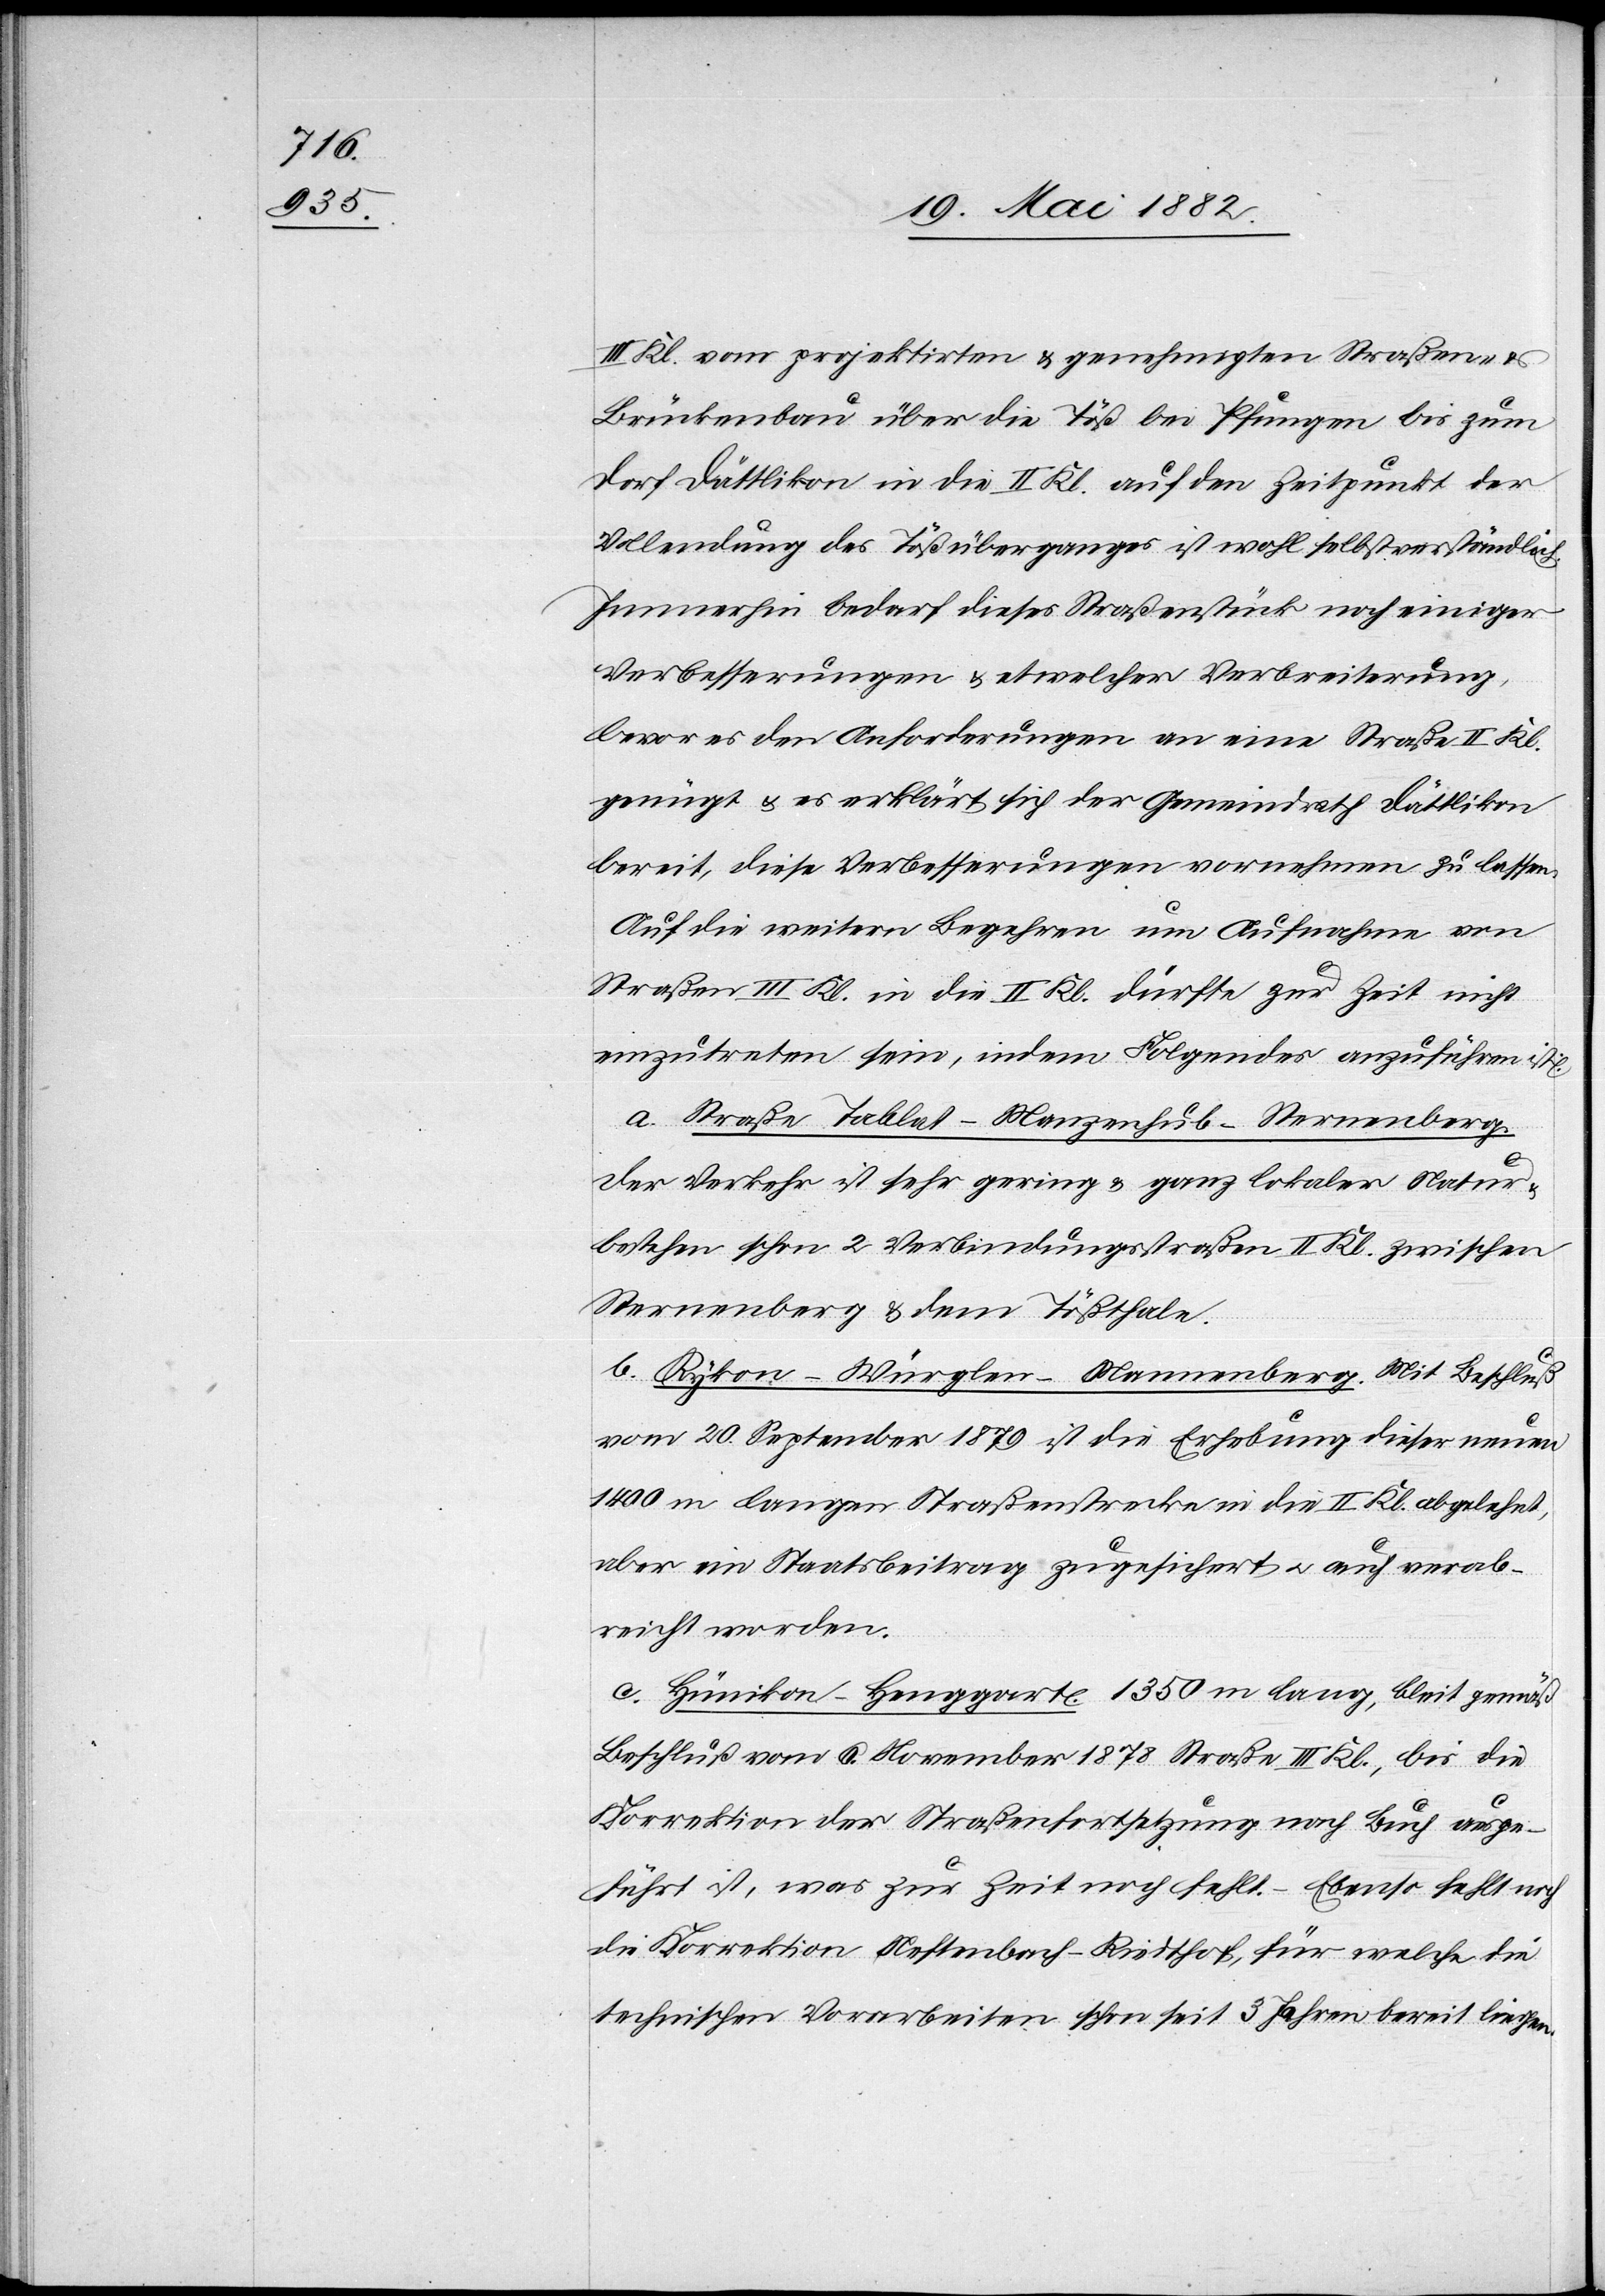
Kl. vom projektirten & genehmigten Straßen-
Brückenbau über die Töß bei Pfungen bis zum
Dorf Dättlikon in die II. Kl. auf den Zeitpunkt der
Vollendung des Tößüberganges ist wohl selbstverständlich.
Immerhin bedarf dieses Straßenstück noch einiger
Verbesserungen & etwelcher Verbreiterung,
bevor es den Anforderungen an eine Straße II. Kl.
genügt u. es erklärt sich der Gemeindrath Dättlikon
bereit, diese Verbesserungen vornehmen zu lassen.
Auf die weitern Begehren um Aufnahme von
Straßen III. Kl. in die II. Kl. dürfte zur Zeit nicht
einzutreten sein, indem Folgendes anzuführen ist:
a. Straße Tablat–Manzenhub–Sternenberg.
Der Verkehr ist sehr gering & ganz lokaler Natur
bestehen schon 2 Verbindungsstraßen II. Kl. zwischen
Sternenberg & dem Tößthale.
n.
b. Rykon–Würglen–Mannenberg. Mit Beschluß
vom 20. September 1879 ist die Erhebung dieser neuen
1400 m langen Straßenstrecke in die II. Kl. abgelehnt,
aber ein Staatsbeitrag zugesichert worde¬
c. Hünikon–Henggart. 1350 m lang, blei[b]t gemäß
Beschluß vom 6. November 1878 Straße III. Kl., bis die
Korrektion der Straßenfortsetzung nach Buch ausge¬
führt ist, was zur Zeit noch fehlt. – Ebenso fehlt noch
die Korrektion Neftenbach–Riedthof, für welche die
technischen Vorarbeiten schon seit 3 Jahren bereit liegen.